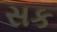
સક